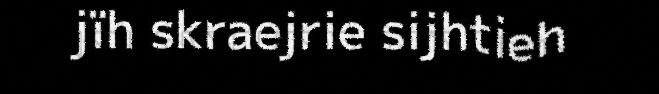
jïh skraejrie sijhtieh